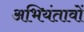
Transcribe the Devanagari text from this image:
अभियंतावों